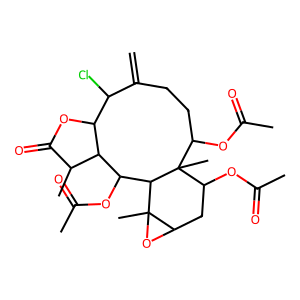
SMILES: C=C1CCC(OC(C)=O)C2(C)C(OC(C)=O)CC3OC3(C)C2C(OC(C)=O)C2C(C)C(=O)OC2C1Cl
Inhibits HIV replication: No